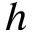
h